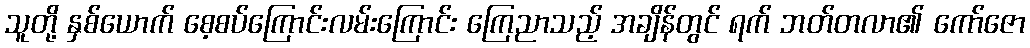
သူတို့ နှစ်ယောက် စေ့စပ်ကြောင်းလမ်းကြောင်း ကြေညာသည့် အချိန်တွင် ရက် ဘတ်တလာ၏ ကော်ဇော